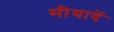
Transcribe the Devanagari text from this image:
मीयादें